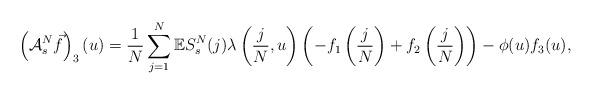
LaTeX: \begin{align*}\left(\mathcal{A}_s^N\vec{f}\right)_3(u)=\frac{1}{N}\sum_{j=1}^N\mathbb{E}S_s^N(j)\lambda\left(\frac{j}{N}, u\right)\left(-f_1\left(\frac{j}{N}\right)+f_2\left(\frac{j}{N}\right)\right)-\phi(u)f_3(u),\end{align*}